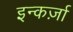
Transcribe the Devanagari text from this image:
इन्कर्ज़ा